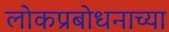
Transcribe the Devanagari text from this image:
लोकप्रबोधनाच्या